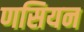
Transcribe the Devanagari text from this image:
णसियन